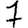
Digit: 7